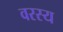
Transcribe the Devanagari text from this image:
वरस्य